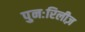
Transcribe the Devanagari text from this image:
पुनःरिलीज़